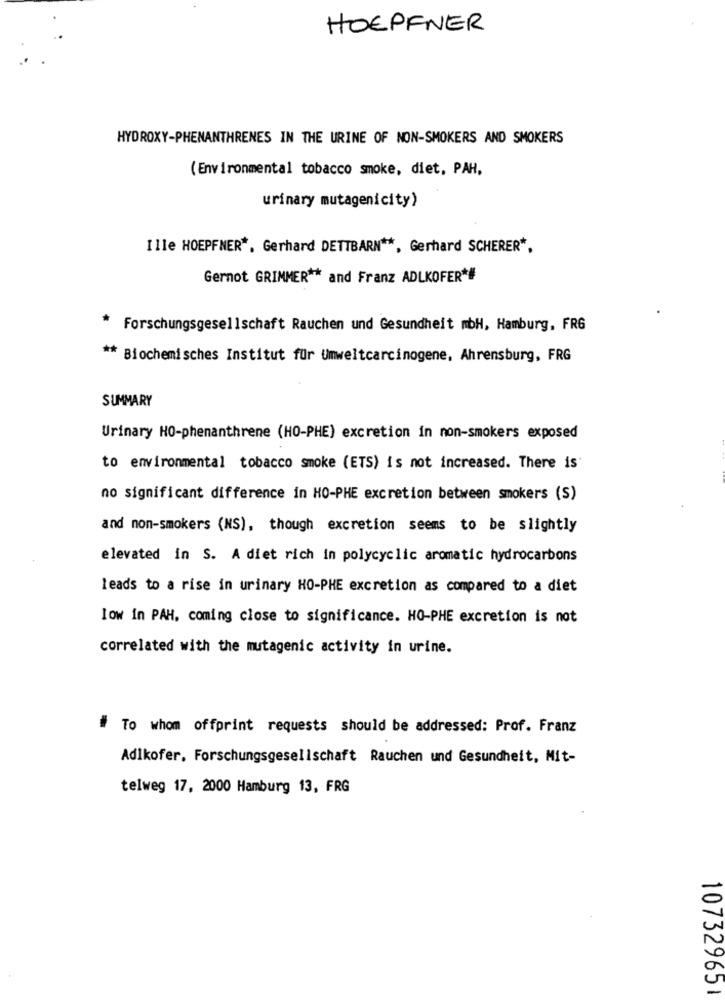
HOEPFNER
HYDROXY-PHENANTHRENES IN THE URINE OF NON-SMOKERS AND SMOKERS
(Environmental tobacco smoke, diet, PAH,
urinary mutagenicity)
Ille HOEPFNER *. Gerhard DETTBARN **, Gerhard SCHERER *,
Gernot GRIMMER ** and Franz ADLKOFER*#
* Forschungsgesellschaft Rauchen und Gesundheit mbH, Hamburg, FRG
** Biochemisches Institut für Umweltcarcinogene, Ahrensburg, FRG
SUMMARY
Urinary HO-phenanthrene (HO-PHE) excretion in non-smokers exposed
to environmental tobacco smoke (ETS) is not increased. There is
no significant difference in HO-PHE excretion between smokers (S)
and non-smokers (NS), though excretion seems to be slightly
elevated in S. A diet rich in polycyclic aromatic hydrocarbons
leads to a rise in urinary HO-PHE excretion as compared to a diet
low in PAH, coming close to significance. HO-PHE excretion is not
correlated with the mutagenic activity in urine.
# To whom offprint requests should be addressed: Prof. Franz
Adlkofer. Forschungsgesellschaft Rauchen und Gesundheit, Mit-
telweg 17, 2000 Hamburg 13, FRG
107329651